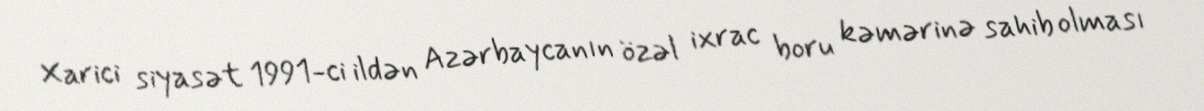
Xarici siyasət 1991-ci ildən Azərbaycanın özəl ixrac boru kəmərinə sahib olması